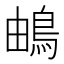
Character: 𩿬